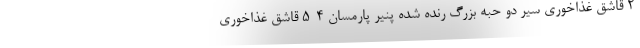
۲ قاشق غذاخوری سیر دو حبه بزرگ رنده شده پنیر پارمسان ۴-۵ قاشق غذاخوری